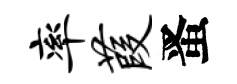
率葭󱉠